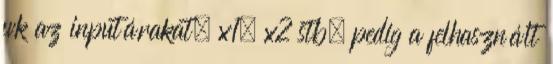
wk az inputárakat, x1, x2 stb. pedig a felhasznált